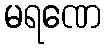
မရဏေ